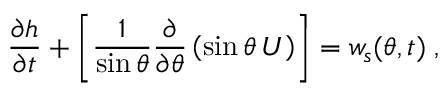
\frac { \partial h } { \partial t } + \left[ \frac { 1 } { \sin \theta } \frac { \partial } { \partial \theta } \left( \sin \theta \, U \right) \right] = w _ { s } ( \theta , t ) \; ,